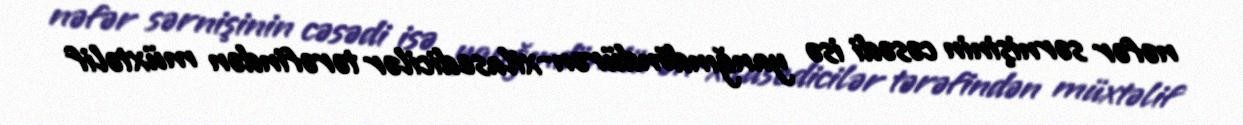
nəfər sərnişinin cəsədi isə yanğındöndürən-xilasedicilər tərəfindən müxtəlif